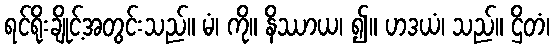
ရင်ရိုးချိုင့်အတွင်းသည်။ မံ၊ ကို။ နိဿာယ၊ ၍။ ဟဒယံ၊ သည်။ ဌိတံ၊